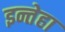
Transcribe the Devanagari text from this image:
इन्तेहा